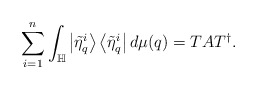
\begin{align*}\sum_{i=1}^{n}\int_{\mathbb{H}}\left|\tilde{\eta}_{q}^{i}\right\rangle\left\langle \tilde{\eta}_{q}^{i}\right|d\mu(q)=TAT^{\dagger}. \end{align*}